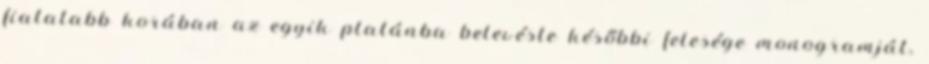
fiatalabb korában az egyik platánba belevéste későbbi felesége monogramját,